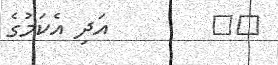
٣٥        އަދި އެކަމުގެ